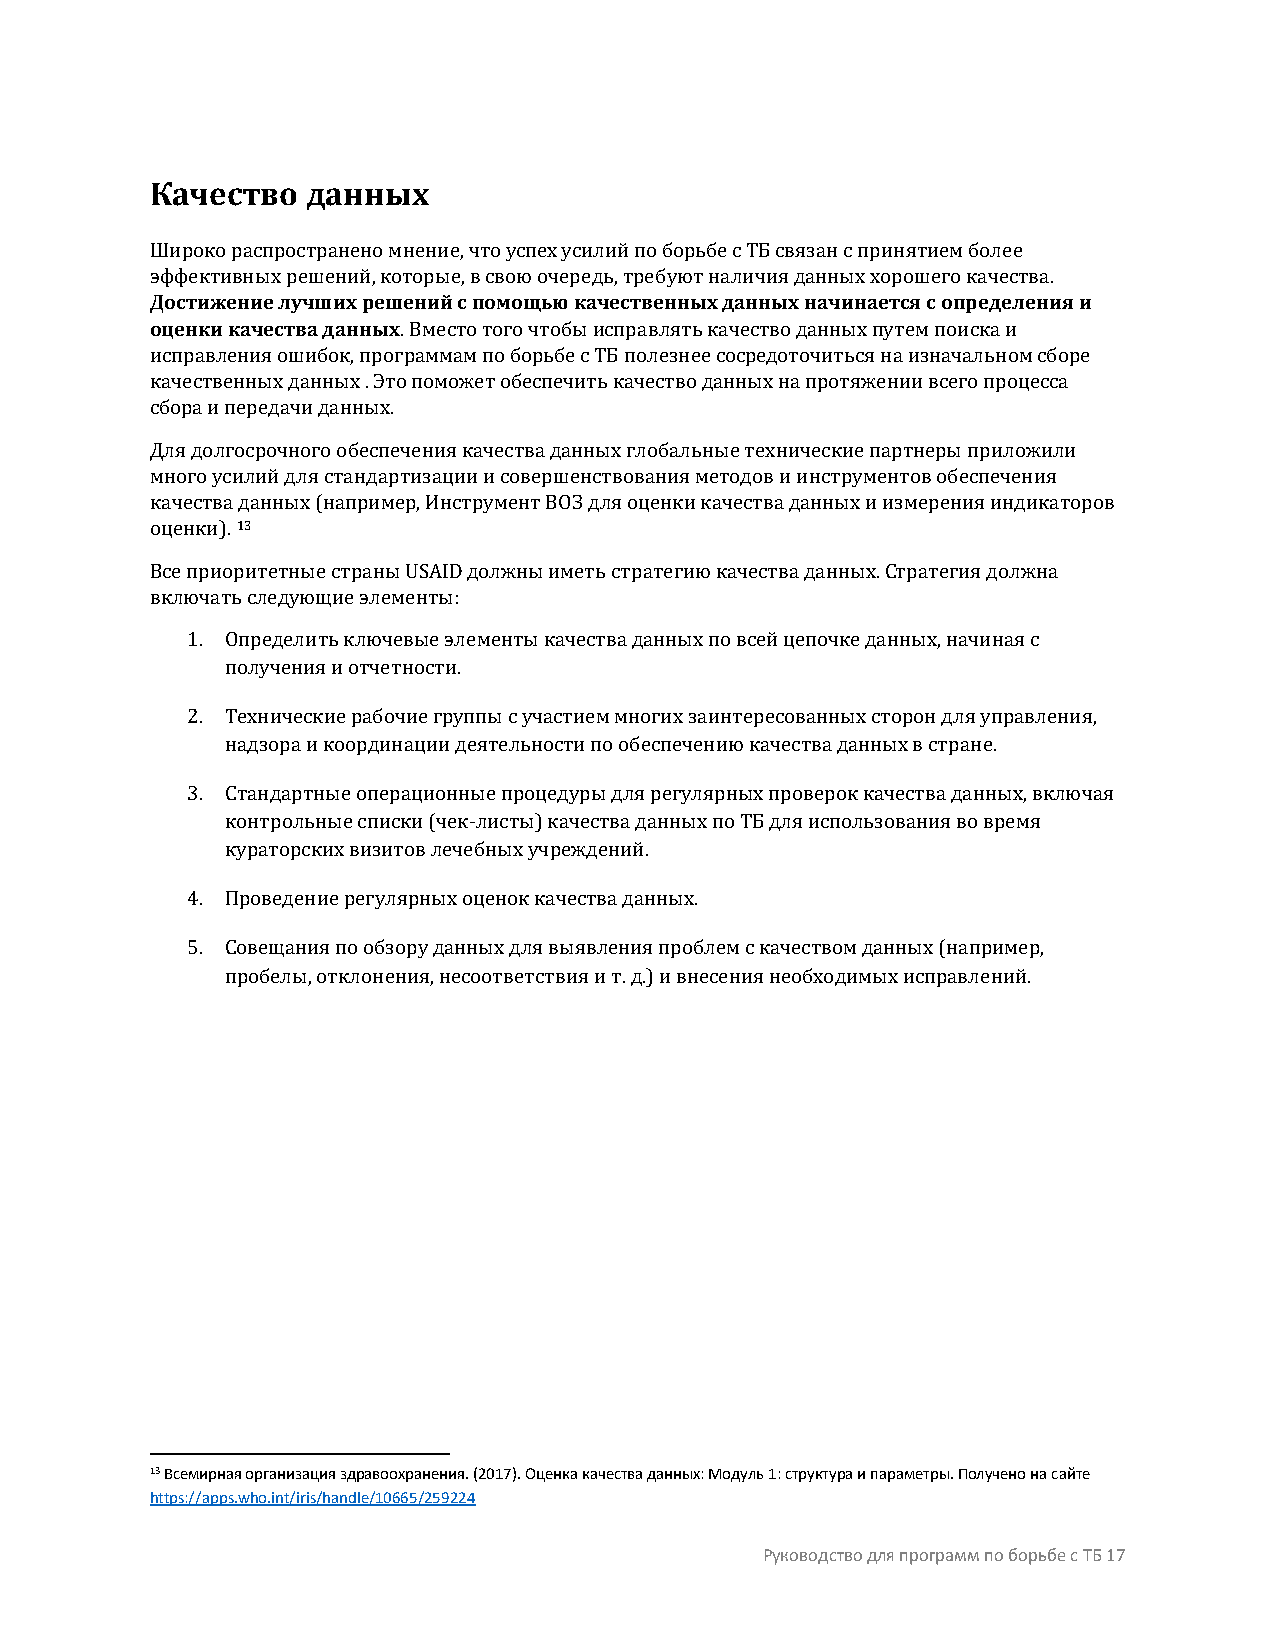
Качество  данных
 Широко распространено мнение, что успех усилий по борьбе с ТБ связан с принятием более
 Достижение лучших решений с помощью качественных данных начинается с определения и
 эффективных решений, которые, в свою очередь, требуют наличия данных хорошего качества.
 оценки качества данных
 . Вместо того чтобы исправлять качество данных путем поиска и
 исправления ошибок, программам по борьбе с ТБ полезнее сосредоточиться на изначальном сборе
 качественных данных . Это поможет обеспечить качество данных на протяжении всего процесса
 сбора и передачи данных.
 Для долгосрочного обеспечения качества данных глобальные технические партнеры приложили
 много усилий для стандартизации и совершенствования методов и инструментов обеспечения
 качества данных (например, Инструмент ВОЗ для оценки качества данных и измерения индикаторов
 13
 оценки).
 Все приоритетные страны USAID должны иметь стратегию качества данных. Стратегия должна
 включ ать следующие элементы:
 1. Определить ключевые элементы качества данных по всей цепочке данных, начиная с
 получения и отчетности.
 2. Технические рабочие группы с участием многих заинтересованных сторон для управления,
 надзора и координации деятельности по обеспечению качества данных в стране.
 3. Стандартные операционные процедуры для регулярных проверок качества данных, включая
 контрольные списки (чек-листы) качества данных по ТБ для использования во время
 кураторских визитов лечебных учреждений.
 4. Проведение регулярных оценок качества данных.
 5. Совещания по обзору данных для выявления проблем с качеством данных (например,
 пробелы, отклонения, несоответствия и т. д.) и внесения необходимых исправлений.
 13 Всемирная организация здравоохранения. (2017). Оценка качества данных: Модуль 1: структура и параметры. Получено на сайте
 https://apps.who.int/iris/handle/10665/259224
 Руководство для программ по борьбе с ТБ 17